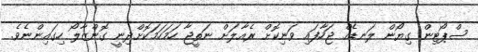
ސްޕޯޓިން ގިޔޯން ލަނޑެއް ޖަހާފައި ވަނިކޮށް ރެއާލަށް ނަތީޖާ ހަމަހަމަކޮށްދިނީ ގޮންޒާލޯ ހިގައިންނެވެ.